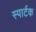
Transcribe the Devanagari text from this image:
स्पार्टक